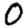
Digit: 0